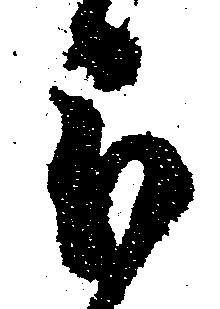
被